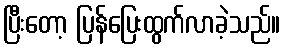
ပြီးတော့ ပြန်ပြေးထွက်လာခဲ့သည်။